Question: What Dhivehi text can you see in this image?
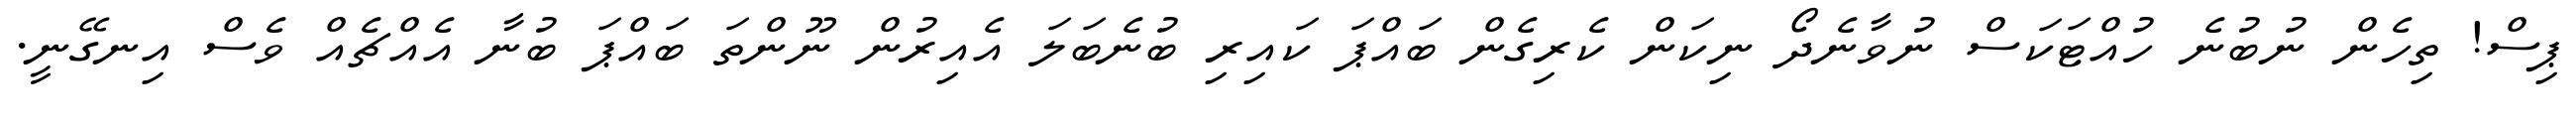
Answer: ޕިސް! ތިހެން ނުބުނެ ހުއްޓަކަސް ނުވާނެދޯ ނިކަން ކެރިގެން ބައްޕަ ކައިރި ބުނެބަލަ އެއިރުން ނޫންތަ ބައްޕަ ބުނާ އެއްޗެއް ވެސް އިނގޭނީ.